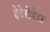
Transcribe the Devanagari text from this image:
हेटेरोडेरा